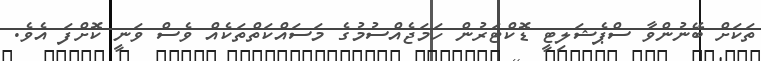
ތަކަށް ބޭނުންވާ ސްޕެޝަލިޓީ ޑޮކްޓަރުން ހަމަޖެއްސުމުގެ މަސައްކަތްތަކެއް ވެސް ވަނީ ކޮށްފަ އެވެ.